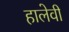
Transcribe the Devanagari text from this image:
हालेवी